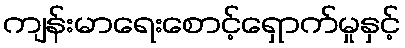
ကျန်းမာရေးစောင့်ရှောက်မှုနှင့်